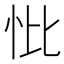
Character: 𢗽